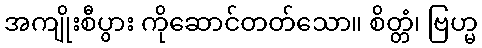
အကျိုးစီပွား ကိုဆောင်တတ်သော။ စိတ္တံ၊ ဗြဟ္မ